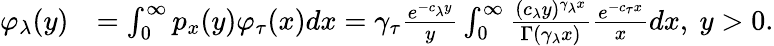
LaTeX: \begin{array}{rl}{\varphi_{\lambda}(y)}&{=\int_{0}^{\infty}p_{x}(y)\varphi_{\tau}(x)dx=\gamma_{\tau}\frac{e^{-{c_{\lambda}}y}}{y}\int_{0}^{\infty}\frac{(c_{\lambda}y)^{\gamma_{\lambda}x}}{\Gamma(\gamma_{\lambda}x)}\frac{e^{-c_{\tau}x}}{x}dx,\ y>0.}\end{array}